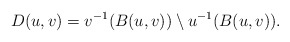
\begin{align*}D(u,v)=v^{-1}(B(u,v))\setminus u^{-1}(B(u,v)).\end{align*}